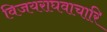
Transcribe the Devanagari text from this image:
विजयराघवाचारि